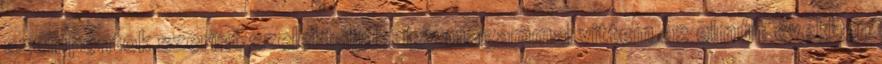
szempontok szerint szelektáljak, így magammal vittem az el­múlt években